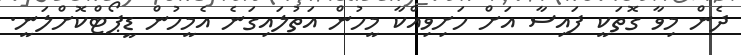
ދެން މިވާ ގޮތަކީ ފައިސާ އަށް ހަށިވިއްކާ މީހުން އަތުލައިގަނެ އެމީހުން ޑީޕޯޓްކޮށްލަނީ.